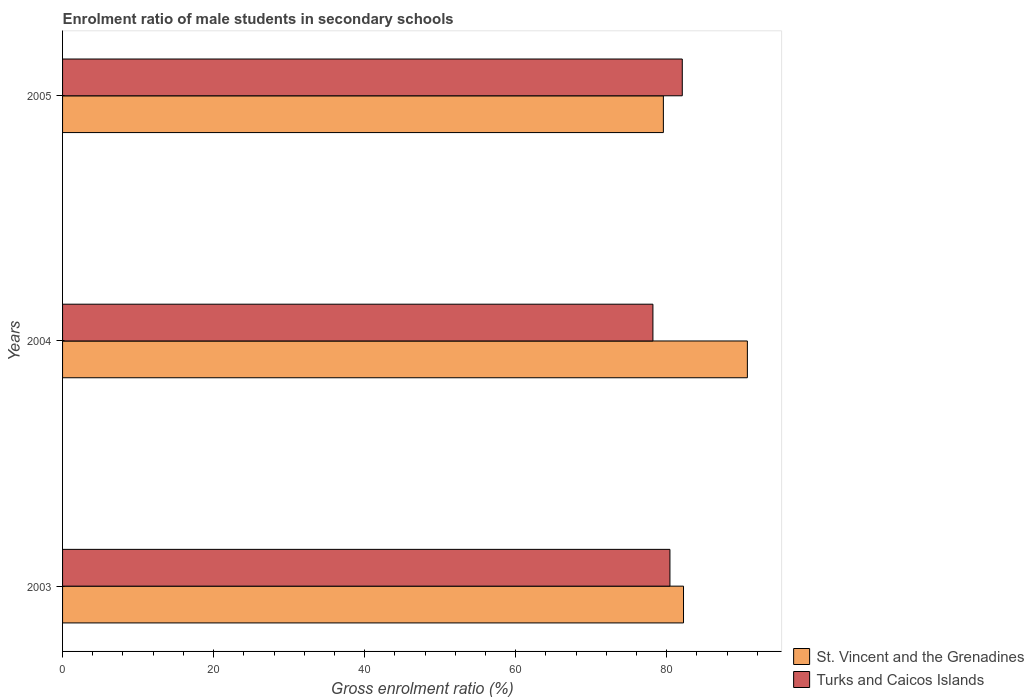
| Years | St. Vincent and the Grenadines | Turks and Caicos Islands |
 | --- | --- | --- |
 | 2003 | 82.2 | 80.4 |
 | 2004 | 90.7 | 78.2 |
 | 2005 | 79.6 | 82.1 |